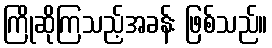
ကြိုဆိုကြသည့်အခန်း ဖြစ်သည်။